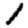
Digit: 1